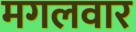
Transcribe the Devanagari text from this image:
मगलवार